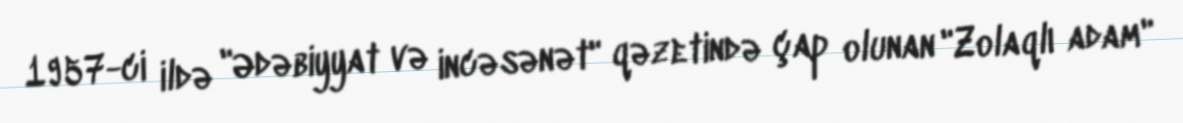
1957-ci ildə "Ədəbiyyat və incəsənət" qəzetində çap olunan "Zolaqlı adam"